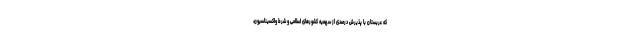
که عربستان با پذیرش درصدی از سهمیه کشورهای اسلامی و شرط واکسیناسیون،